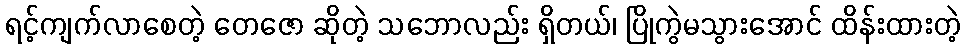
ရင့်ကျက်လာစေတဲ့ တေဇော ဆိုတဲ့ သဘောလည်း ရှိတယ်၊ ပြိုကွဲမသွားအောင် ထိန်းထားတဲ့